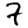
Digit: 7